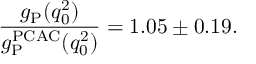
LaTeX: \frac { g _ { \mathrm { P } } ( q _ { 0 } ^ { 2 } ) } { g _ { \mathrm { P } } ^ { \mathrm { P C A C } } ( q _ { 0 } ^ { 2 } ) } = 1 . 0 5 \pm 0 . 1 9 .